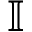
\mathbb { I }